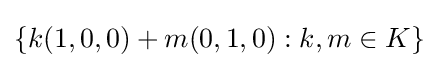
\{k(1,0,0)+m(0,1,0):k,m\in K\}